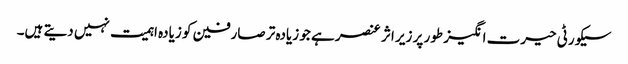
سیکورٹی حیرت انگیز طور پر زیر اثر عنصر ہے جو زیادہ تر صارفین کو زیادہ اہمیت نہیں دیتے ہیں۔